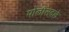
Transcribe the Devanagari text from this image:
पोलीसदले